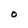
Character: O